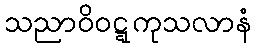
သညာဝိဝဋ္ဋကုသလာနံ